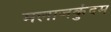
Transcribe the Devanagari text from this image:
मलाजकुंदम